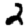
Digit: 2